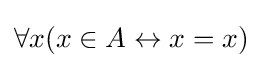
\forall x(x\in A\leftrightarrow x=x)